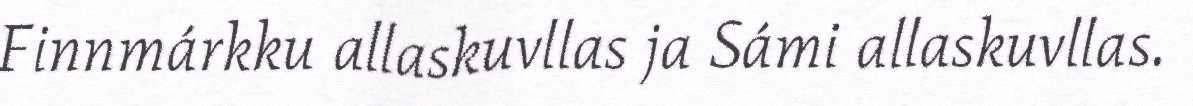
Finnmárkku allaskuvllas ja Sámi allaskuvllas.